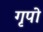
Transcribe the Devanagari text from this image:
गृपो